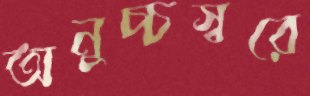
অনুচ্চস্বরে